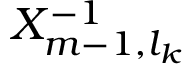
X _ { m - 1 , l _ { k } } ^ { - 1 }